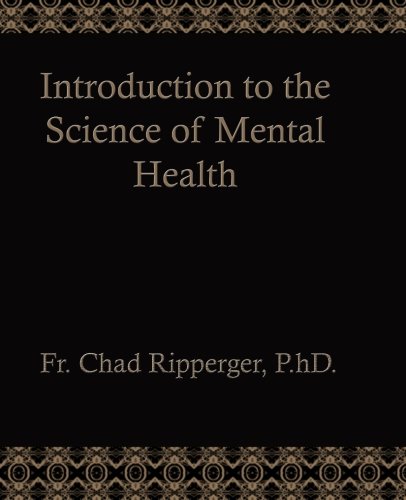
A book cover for Introduction to the Science of Mental Health; Fr. Chad A. Ripperger; Health, Fitness & Dieting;